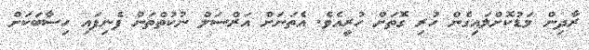
ރާދިން މަޑުކޮށްލައިގެން ހުރި ގޮތަށް ހުރީއެވެ. އެތަނަށް އަރްސަލް ނުކުތްތަން ފެނިފައި ހިސާބަކަށް